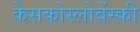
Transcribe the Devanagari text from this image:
केसकोस्लोवेंस्की